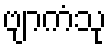
ဗျာကံသု